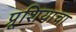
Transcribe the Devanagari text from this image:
प्रूशियाचा